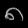
Digit: ၈